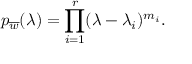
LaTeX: p _ { \overline { { { w } } } } ( \lambda ) = \prod _ { i = 1 } ^ { r } ( \lambda - \lambda _ { i } ) ^ { m _ { i } } .